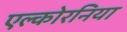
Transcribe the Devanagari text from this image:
एल्कोरनिया